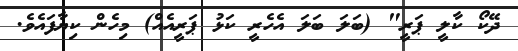
ދޭކޯ ކާލީ ޕަރީ" (ބަލަ ބަލަ އެހެރީ ކަޅު ޕަރީއެއް) މިހެން ކިޔާފައެވެ.